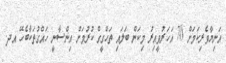
އަނިޔާވެރިކަމަށް 70 އަހަރުވީއިރު މިކަން ބަލައި ތަހްގީގް ކުރުމަށް އިންސާނީ ހައްގުތަކާބެހޭ އދ.